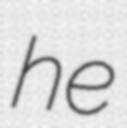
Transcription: he